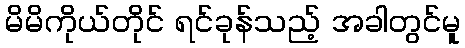
မိမိကိုယ်တိုင် ရင်ခုန်သည့် အခါတွင်မူ